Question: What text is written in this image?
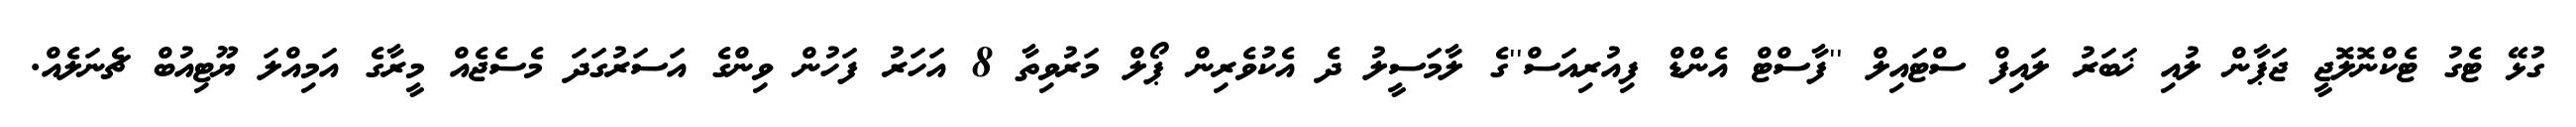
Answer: ގުޅޭ ޓެގު ޓެކްނޮލޮޖީ ޖަޕާން ލުއި ޚަބަރު ލައިފް ސްޓައިލް ''ފާސްޓް އެންޑް ފިއުރިއަސް''ގެ ލާމަސީލު ދެ އެކުވެރިން ޕޯލް މަރުވިތާ 8 އަހަރު ފަހުން ވިންގެ އަސަރުގަދަ މެސެޖެއް މީރާގެ އަމިއްލަ ޔޫޓިއުބް ޗެނަލެއް.